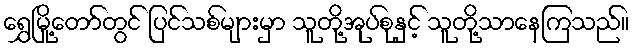
ရွှေမြို့တော်တွင် ပြင်သစ်များမှာ သူတို့အုပ်စုနှင့် သူတို့သာနေကြသည်။